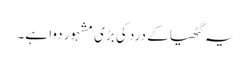
یہ گٹھیا کے درد کی بڑی مشہور دوا ہے۔